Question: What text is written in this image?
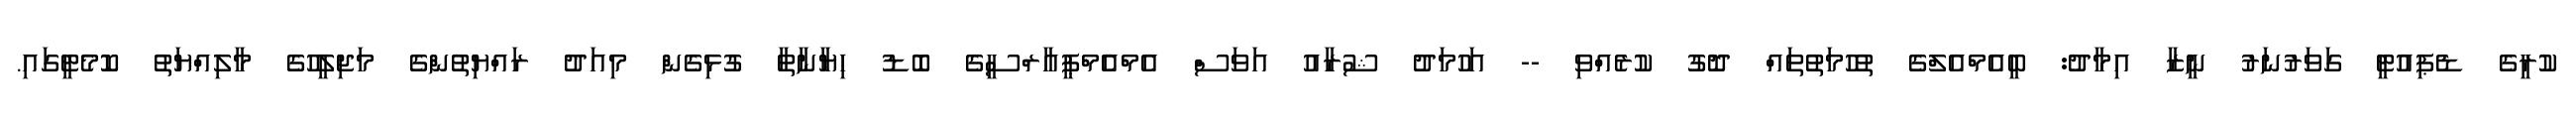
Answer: ކުރީގެ ޑެޕިއުޓީ ގަވަރުނަރު ނީޒާ އިމާދު: ބީއެމްއެލްގެ ތުހުމަތުތައް ދޮގު ކުރެއްވި -- އަހުމަދު ޝުރާއު އަވަސް އެމްއެެމްޕީއާރްސީގެ ބޮޑު ހިޔާނާތާ ގުޅިގެން މިއަދު ރައްޔިތުންގެ މަޖިލީހުގެ މާލިއްޔަތު ކޮމެޓީގައި.